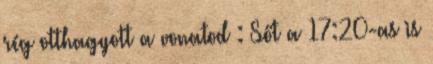
rég otthagyott a vonatod : Sőt a 17:20-as is